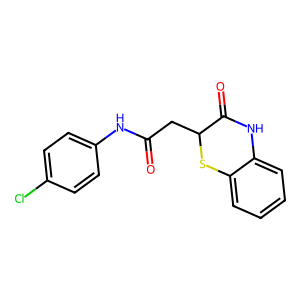
SMILES: O=C(CC1Sc2ccccc2NC1=O)Nc1ccc(Cl)cc1
Inhibits HIV replication: No